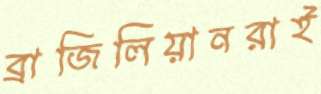
ব্রাজিলিয়ানরাই